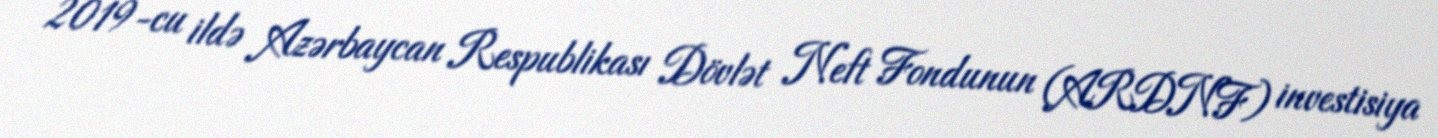
2019-cu ildə Azərbaycan Respublikası Dövlət Neft Fondunun (ARDNF) investisiya